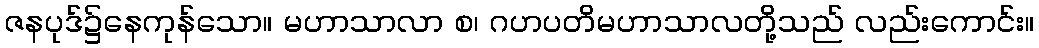
ဇနပုဒ်၌နေကုန်သော။ မဟာသာလာ စ၊ ဂဟပတိမဟာသာလတို့သည် လည်းကောင်း။